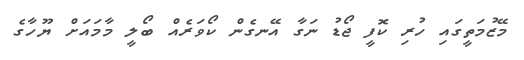
މޭޒުމަތީގައި ހުރި ކޮފީ ޖޯޑު ނަގާ އޭނގެން ކޯވަރެއް ބޯލީ މާމައަށް ޔޫހާގެ